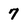
Character: 7